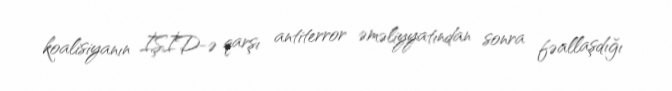
koalisiyanın İŞİD-ə qarşı antiterror əməliyyatından sonra fəallaşdığı